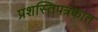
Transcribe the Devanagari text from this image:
प्रशस्तिपत्रकात